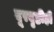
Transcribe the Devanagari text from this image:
दूरदृष्टीही